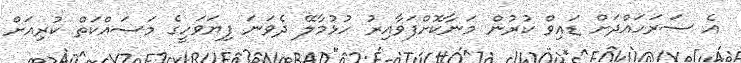
އެ ސަރަަހައްދަށް ޑައިވް ކުރުން މަނާކޮށްފަވާއިރު ހުޅުމާލޭ ދެވަނަ ފިޔަވަހީގެ މަސައްކަތް ކުރިއަށް